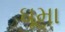
ઘૂમા